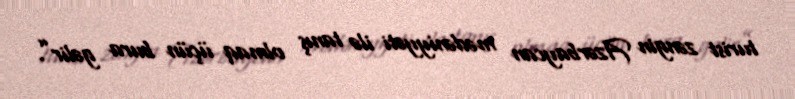
turist zəngin Azərbaycan mədəniyyəti ilə tanış olmaq üçün bura gəlir”.